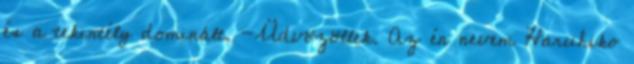
és a tekintély dominált. -Üdvözöllek. Az én nevem Haruhiko